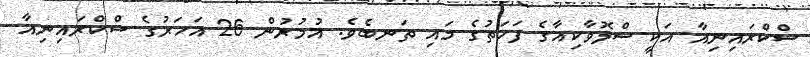
ސްކްރައިނިއާ އަކީ ސްލޮވާކިއާގެ ފަހަތުގެ މައި ތަނބެވެ. އުމުރުން 26 އަހަރުގެ ސްކްރައިނިއާ